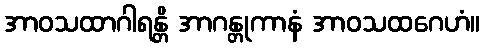
အာဝသထာဂါရန္တိ အာဂန္တုကာနံ အာဝသထဂေဟံ။